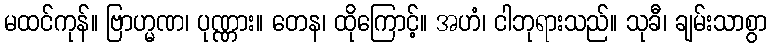
မထင်ကုန်။ ဗြာဟ္မဏ၊ ပုဏ္ဏား။ တေန၊ ထိုကြောင့်။ အဟံ၊ ငါဘုရားသည်။ သုခီ၊ ချမ်းသာစွာ